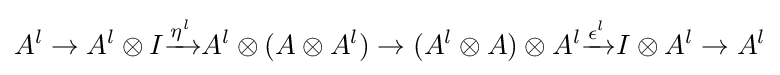
A^{l}\to A^{l}\otimes I{\xrightarrow {\eta ^{l}}}A^{l}\otimes (A\otimes A^{l})\to (A^{l}\otimes A)\otimes A^{l}{\xrightarrow {\epsilon ^{l}}}I\otimes A^{l}\to A^{l}